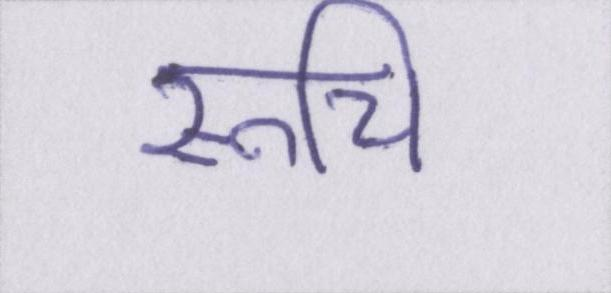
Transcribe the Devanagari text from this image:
रूचि